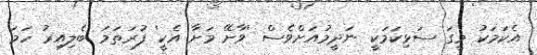
އެކަމަކު މީގަ ސަޅިކަމަކީ ނަދީމުއަށްވެސް 'ވާށޭ މަށާ އެކީ' ފުރަތަމަ ބެލިއިރު ހަމަ